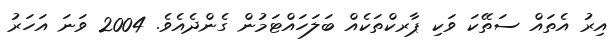
އިރު އެތައް ސަތޭކަ ވަކި ޕާރކްތަކެއް ބަލަހައްޓަމުން ގެންދެއެވެ. 2004 ވަނަ އަހަރު